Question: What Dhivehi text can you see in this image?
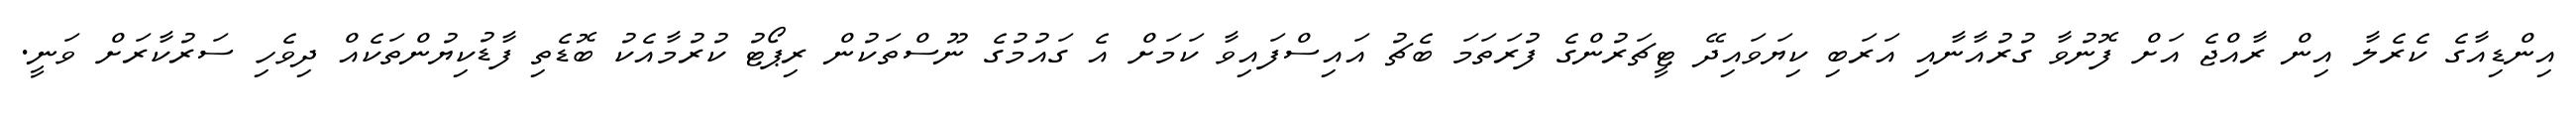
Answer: އިންޑިއާގެ ކެރެލާ އިން ރާއްޖެ އަށް ފޮނުވާ ގުރުއާނާއި އަރަބި ކިޔަވައިދޭ ޓީޗަރުންގެ ފުރަތަމަ ބެޗު އައިސްފައިވާ ކަމަށް އެ ގައުމުގެ ނޫސްތަކުން ރިޕޯޓު ކުރުމާއެކު ބޮޑެތި ފާޑުކިޔުންތަކެއް ދިވެހި ސަރުކާރަށް ވަނީ.